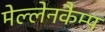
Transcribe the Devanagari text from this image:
मेल्लेनकैम्प